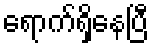
ရောက်ရှိနေပြီ